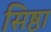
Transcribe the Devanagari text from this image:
सिष्ठा